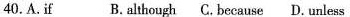
40.A. If B. Although C. Because D. Unless